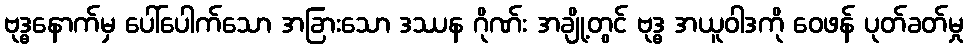
ဗုဒ္ဓနောက်မှ ပေါ်ပေါက်သော အခြားသော ဒဿန ဂိုဏ်း အချို့တွင် ဗုဒ္ဓ အယူဝါဒကို ဝေဖန် ပုတ်ခတ်မှု